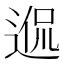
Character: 𨓲